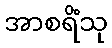
အာစရိံသု